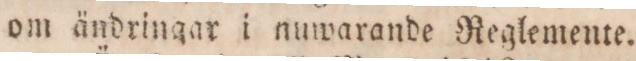
om ändringar i nuwarande Reglemente.